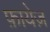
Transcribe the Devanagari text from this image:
फ़ायेज़